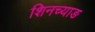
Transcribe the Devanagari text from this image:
शिनच्याङ